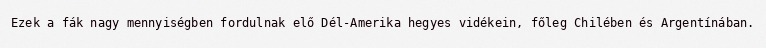
Ezek a fák nagy mennyiségben fordulnak elő Dél-Amerika hegyes vidékein, főleg Chilében és Argentínában.